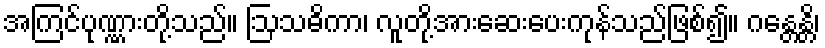
အကြင်ပုဏ္ဏားတို့သည်။ ဩသဓိကာ၊ လူတို့အားဆေးပေးကုန်သည်ဖြစ်၍။ ဂန္တေန္တိ၊